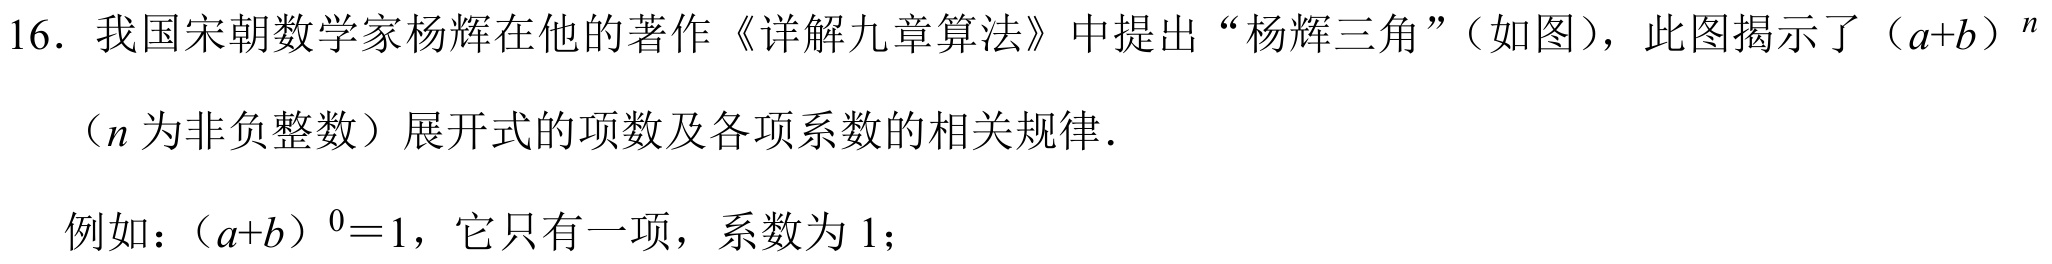
16. 我国宋朝数学家杨辉在他的著作《详解九章算法》中提出“杨辉三角”（如图），此图揭示了\((a + b)^{n}\)
（\(n\)为非负整数）展开式的项数及各项系数的相关规律．
例如：\((a + b)^{0}=1\)，它只有一项，系数为\(1\)；